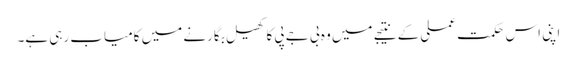
اپنی اس حکمت عملی کے نتیجے میں وہ بی جے پی کا کھیل بگارنے میں کامیاب رہی ہے۔